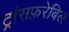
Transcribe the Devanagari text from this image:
ट्रांसफ़रेबिल